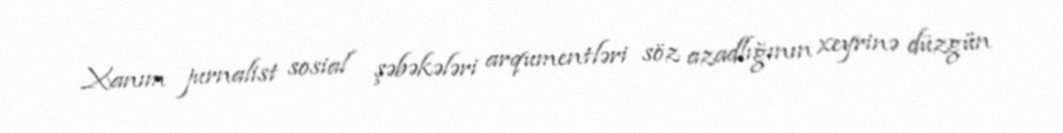
Xanım jurnalist sosial şəbəkələri arqumentləri söz azadlığının xeyrinə düzgün